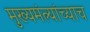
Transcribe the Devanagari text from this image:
मुख्यमंत्र्यांच्याच